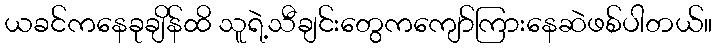
ယခင်ကနေခုချိန်ထိ သူရဲ့သီချင်းတွေကကျော်ကြားနေဆဲဖစ်ပါတယ်။